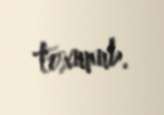
toxunub.